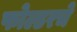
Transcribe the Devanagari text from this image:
फोल्डरचे